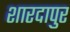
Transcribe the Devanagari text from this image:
शारदापुर